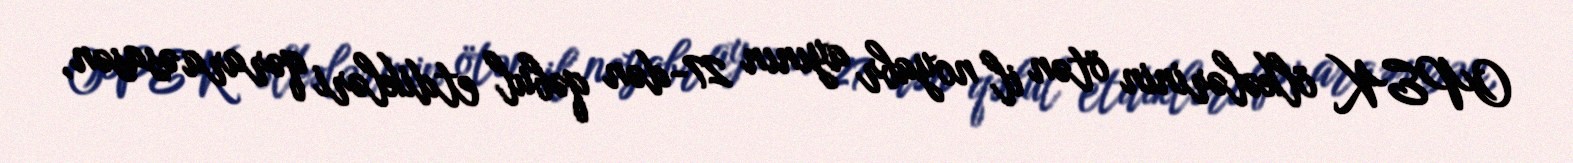
OPEK ölkələrinin ötən il noyabr ayının 27-dən qəbul etdikləri qərara əsasən,